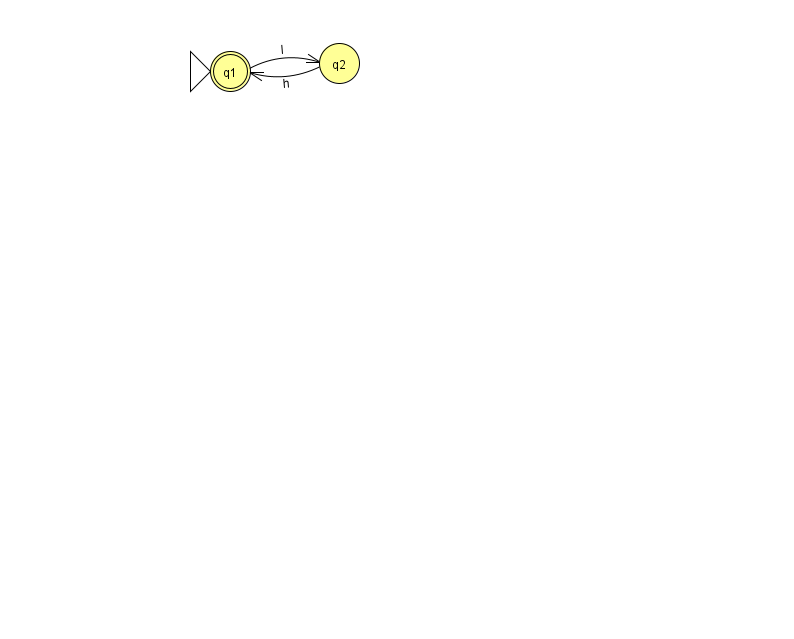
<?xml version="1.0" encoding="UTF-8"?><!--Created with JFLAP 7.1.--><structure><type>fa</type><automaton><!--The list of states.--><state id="1" name="q1"><x>230.0</x><y>58.0</y><initial/><final/></state><state id="2" name="q2"><x>339.0</x><y>50.0</y></state><!--The list of transitions.--><transition><from>1</from><to>2</to><read>l</read></transition><transition><from>2</from><to>1</to><read>h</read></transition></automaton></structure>